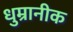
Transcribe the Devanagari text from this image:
धुम्रानीक